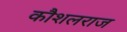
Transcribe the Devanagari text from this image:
कौशलराज